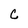
Character: C